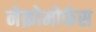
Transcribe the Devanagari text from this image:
नेक्रोमोर्फस